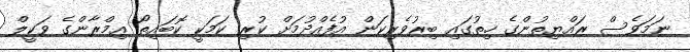
ނަމަވެސް ރައްޔިތުންގެ ހިތުގައި ބިރުވެރިކަން އުފެއްދުމަށް ކުރި ކަމަކީ ކޮބައިތޯ އިމްރާންގެ ވަކީލް